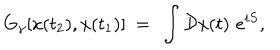
G _ { \gamma } [ x ( t _ { 2 } ) , x ( t _ { 1 } ) ] ~ = ~ \int { \cal D } x ( t ) \, \, e ^ { i S } ,